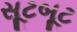
સૂટબૂટ